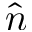
\hat { n }